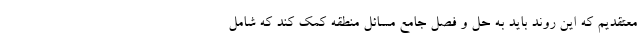
معتقدیم که این روند باید به حل و فصل جامع مسائل منطقه کمک کند که شامل